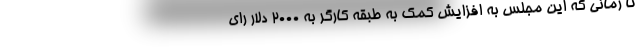
تا زمانی که این مجلس به افزایش کمک به طبقه کارگر به ۲۰۰۰ دلار رای